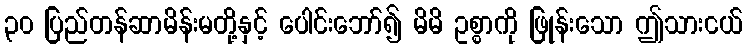
၃၀ ပြည်တန်ဆာမိန်းမတို့နှင့် ပေါင်းဘော်၍ မိမိ ဥစ္စာကို ဖြုန်းသော ဤသားငယ်